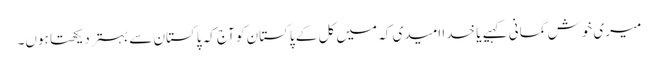
میری خوش گمانی کہیے یا خدا امیدی کہ میں کل کے پاکستان کو آج کہ پاکستان سے بہتر دیکھتا ہوں۔